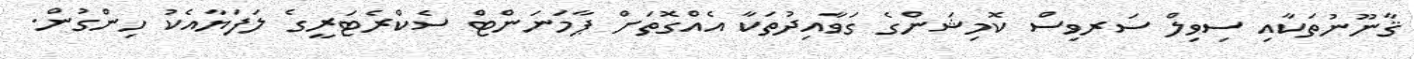
ޤާނޫނުތަކާއި ސިވިލް ސަރވިސް ކޮމިޝަންގެ ގަވާއިދުތަކާ އެއްގޮތަށް ޕާމަނަންޓް ސެކްރެޓަރީގެ ލަފަޔާއެކު ހިންގުން.